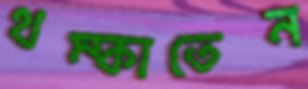
থম্‌কাতেন